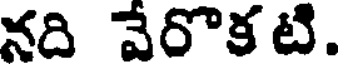
నది వేరొకటి.